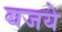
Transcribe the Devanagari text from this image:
बजये